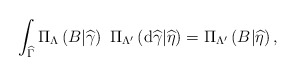
\begin{align*}\int_{\widehat{\Gamma }}\Pi _{\Lambda }\left( B|\widehat{\gamma }\right)\ \Pi _{\Lambda ^{\prime }}\left( \mathrm{d}\widehat{\gamma }|\widehat{\eta }\right) =\Pi _{\Lambda^{\prime } }\left( B|\widehat{\eta }\right) , \end{align*}